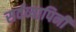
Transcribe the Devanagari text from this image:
सर्वव्यापिनी